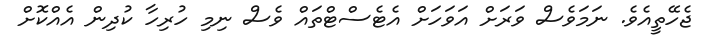
ޖެހޭތީއެވެ. ނަމަވެސް ވަރަށް އަވަހަށް އެޓެސްޓްތައް ވެސް ނިމި ހުރިހާ ކުދިން އެއްކޮށް